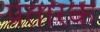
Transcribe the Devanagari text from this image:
प्रतारक